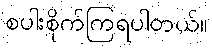
စပါးစိုက်ကြရပါတယ်။